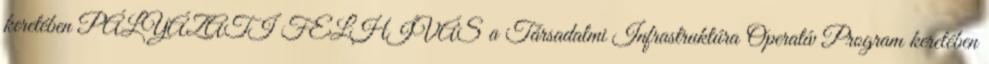
keretében PÁLYÁZATI FELHÍVÁS a Társadalmi Infrastruktúra Operatív Program keretében